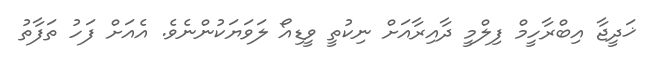
ޚަދީޖާ އިބްރާހީމް ފިލްމީ ދާއިރާއަށް ނިކުތީ ވީޑިއޯ ލަވަޔަކުންނެވެ. އެއަށް ފަހު ތަފާތު